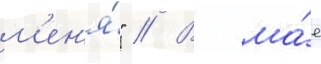
м'ен'я́" // В ма́е